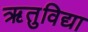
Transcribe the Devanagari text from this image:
ऋतुविद्या